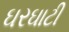
ઘરઘાટી